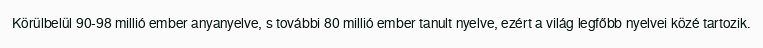
Körülbelül 90-98 millió ember anyanyelve, s további 80 millió ember tanult nyelve, ezért a világ legfőbb nyelvei közé tartozik.